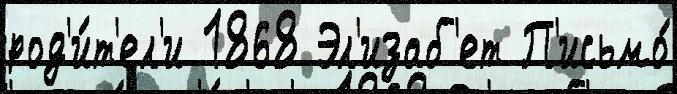
род'и́т'ел'и 1868 Эл'изаб'ет П'исьмо́